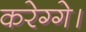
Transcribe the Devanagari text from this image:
करेग्गे।